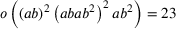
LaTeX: o \left( ( a b ) ^ { 2 } \left( a b a b ^ { 2 } \right) ^ { 2 } a b ^ { 2 } \right) = 2 3